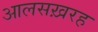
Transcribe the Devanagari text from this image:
आलसख़रह